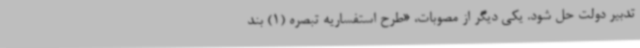
تدبیر دولت حل شود. یکی دیگر از مصوبات، «طرح استفساریه تبصره (1) بند